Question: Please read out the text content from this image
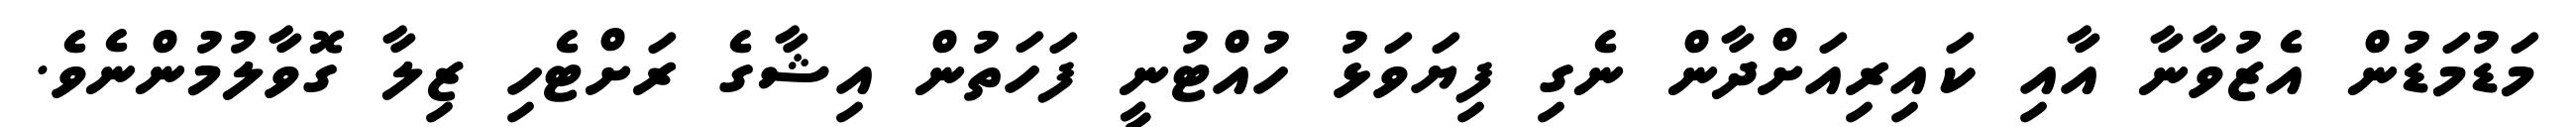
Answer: މަޑުމަޑުން އެޒުވާނާ އާއި ކައިރިއަށްދާން ނެގި ފިޔަވަޅު ހުއްޓުނީ ފަހަތުން އިޝާގެ ރަށްޓެހި ޒިލާ ގޮވާލުމުންނެވެ.